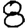
Digit: 8